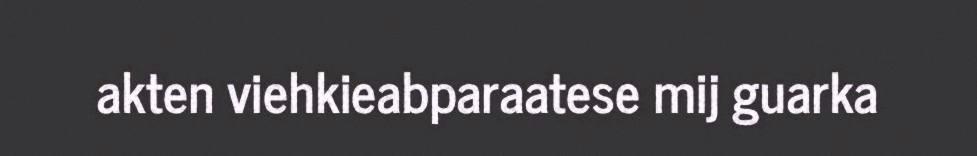
akten viehkieabparaatese mij guarka